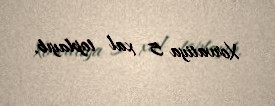
Xorvatiya 5 xal toplayıb.